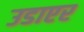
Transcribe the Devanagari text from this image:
उडाएर